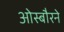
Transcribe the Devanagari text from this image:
ओस्बौरने